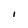
Character: I